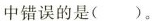
中错误的是()。